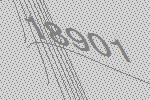
18901